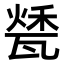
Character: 𤭰